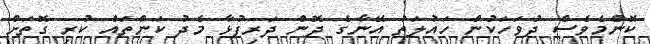
ކޮންމެވެސް ދުވަހަކުން ހައުލަތު އޭނާގެ ދޮން ދަރިފުޅާ މެދު ކަންތައް ކުރި ގޮތަށް